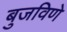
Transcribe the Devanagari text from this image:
बुजविणे